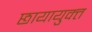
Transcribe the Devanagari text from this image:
छायायुक्‍त